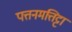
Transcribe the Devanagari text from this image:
पत्तनमत्तिट्टा